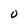
Character: O